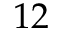
1 2